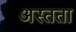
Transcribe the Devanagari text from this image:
अस्तता